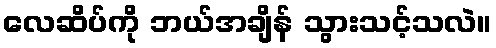
လေဆိပ်ကို ဘယ်အချိန် သွားသင့်သလဲ။